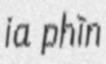
ia phìn